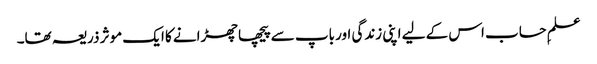
علمِ حساب اس کے لیے اپنی زندگی اور باپ سے پیچھا چھڑانے کا ایک موثر ذریعہ تھا۔